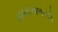
સમયગાળાએ